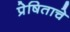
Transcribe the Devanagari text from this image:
प्रेषिताचे